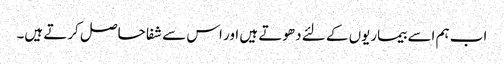
اب ہم اسے بیماریوں کے لئے دھوتے ہیں اور اس سے شفا حاصل کرتے ہیں۔